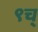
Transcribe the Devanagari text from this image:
९च्